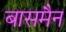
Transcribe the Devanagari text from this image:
बासमैन